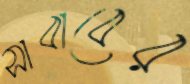
সাবাবের